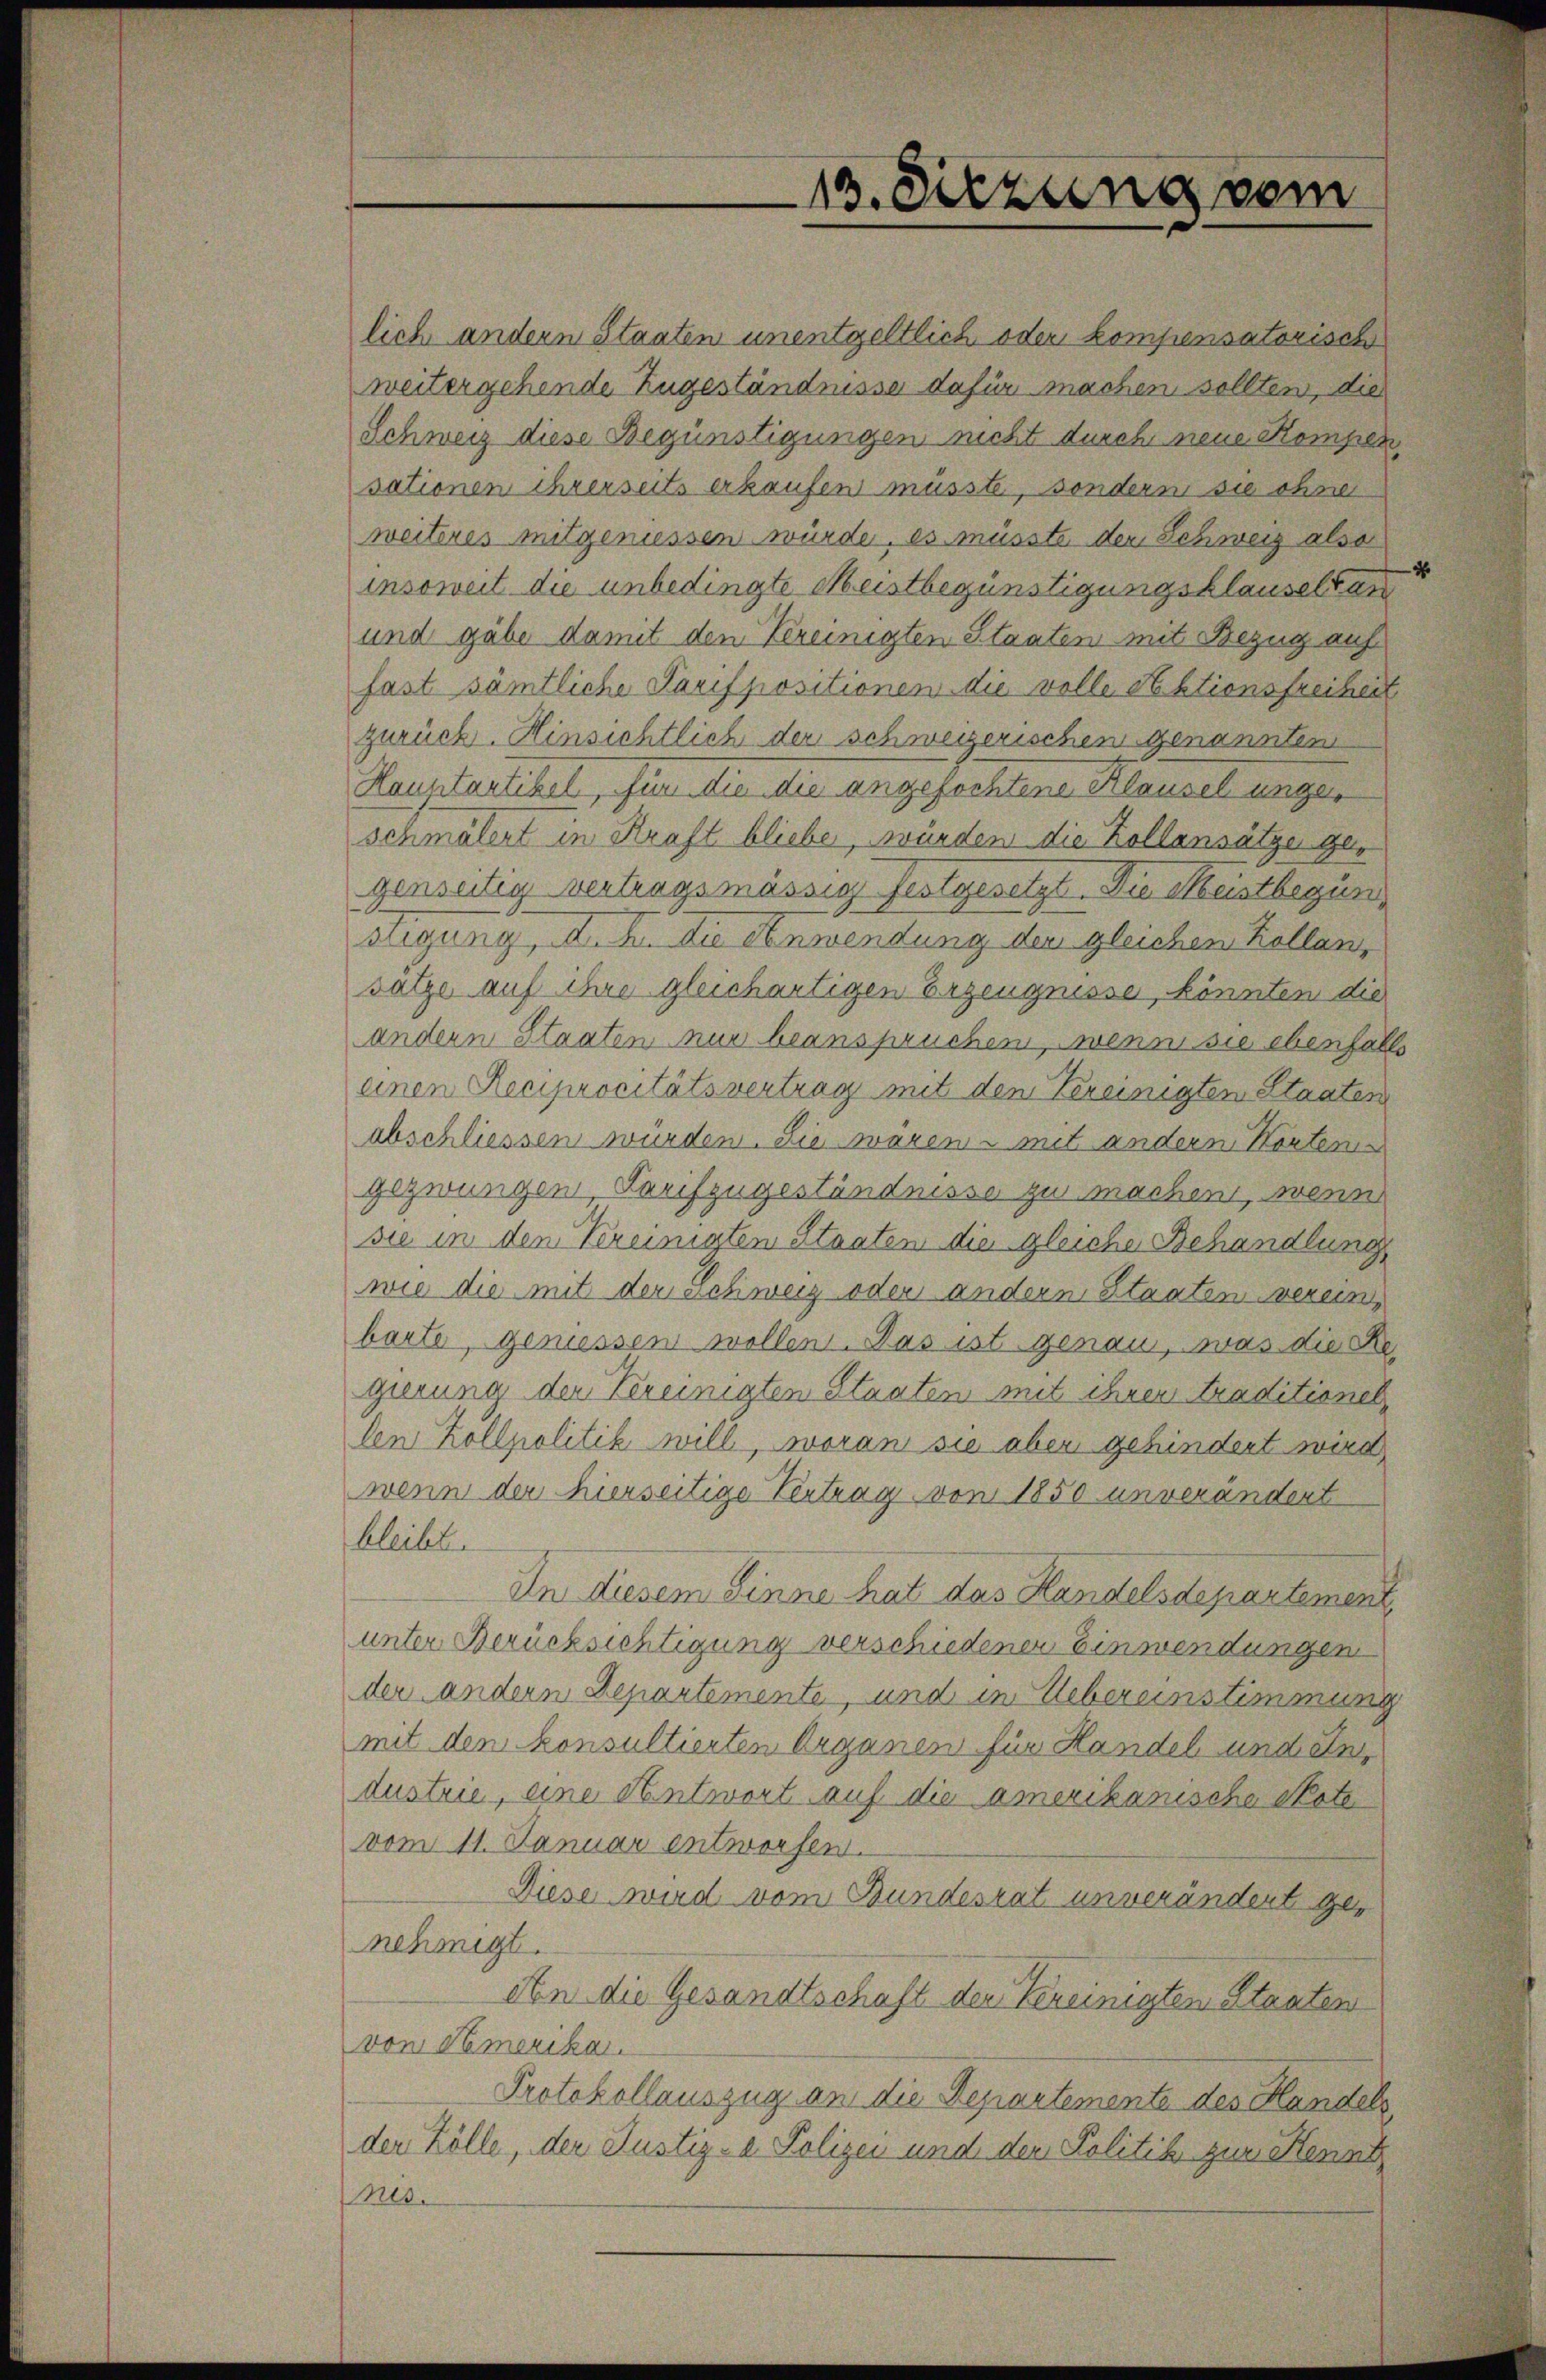
lich andern Staaten unentgeltlich oder kompensatorische
weitergehende Zugeständnisse dafür machen sollten, die
Schweiz diese Begünstigungen nicht durch neue Kompen
sationen ihrerseits erkaufen müsste, sondern sie ohne
weiteres mitgeniessen würde, es müsste der Schweiz also
insoweit die unbedingte Meistbegünstigungsklauseltan
und gabe damit den Kereinigten Staaten mit Bezug auf
fast sämtliche Parispositionen die volle Sektionsfreiheit
zurück. Hinsichtlich der schweizerischen genannten
Hauptartikel, für die die angefochtene Klausel ungeschmälert in Kraft bliebe, würden die Kollansätze gegenseitig vertragsmässig festgesetzt. Die Meistbegün
olgung, d. K. Die Anwendung der gleichen Kollan,
satze auf ihre gleichartigen Erzeugnisse, könnten die
andern Staaten nur beanspruchen, wenn sie ebenfalls
einen Reciprocitätsvertrag mit den Vereinigten Staaten
abschliessen würden. Sie waren mit andern Korten
gezwungen Tarifzugeständnisse zu machen, wenn
sie in den Kereinigten Staaten die gleiche Behandlung
wie die mit der schweiz oder andern Staaten verein,
barte, geniessen wollen. Das ist genau, was die Regierung der Vereinigten Staaten mit ihren traditionel
len Zollpolitik will, woran sie aber gehindert wird,
wenn der hierseitige Vertrag von 1850 unverändert
bleibt.
In diesem Sinne hat das Handelsdepartement,
unter Berücksichtigung verschiedener Einwendungen
der andern Departemente, und in Uebereinstimmung
mit dem konsultierten Organen für Handel und ein
dustrie, eine Antwort auf die amerikanische Note
vom 11. Januar entworfen.
Diese wird vom Bundesrat unverändert genehmigt.
den die Gesandtschaft der Vereinigten Staaten
von Amerikar
Protokollauszug an die Departemente des Handels,
der Zölle, der Justiz- & Polizei und den Politik zur Kennt
nis.

13. Sitzung vom